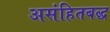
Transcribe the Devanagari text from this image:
असंहितबद्ध